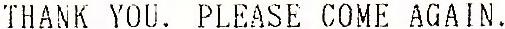
THANK YOU. PLEASE COME AGAIN.